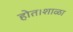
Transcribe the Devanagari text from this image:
होत।शाळा